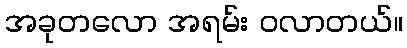
အခုတလော အရမ်း ဝလာတယ်။